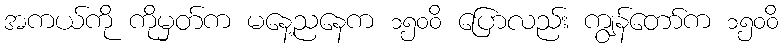
အကယ်ကို ကိုမှတ်က မနေ့ညနေက ၁၅၀၀ိ ပြောလည်း ကျွန်တော်က ၁၅၀၀ိ